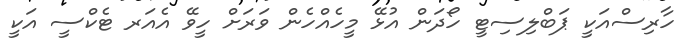
ހާރިސްއަކީ ޕަބްލިސިޓީ ހޯދަން އުޅޭ މީހެއްހެން ވަރަށް ހީވޭ އެއަރ ޓެކްސީ އަކީ